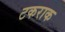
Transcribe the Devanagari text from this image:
टकराक